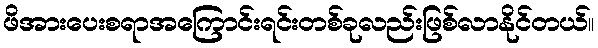
ဖိအားပေးစရာအကြောင်းရင်းတစ်ခုလည်းဖြစ်လာနိုင်တယ်။